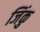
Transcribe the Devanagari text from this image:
जिंकु